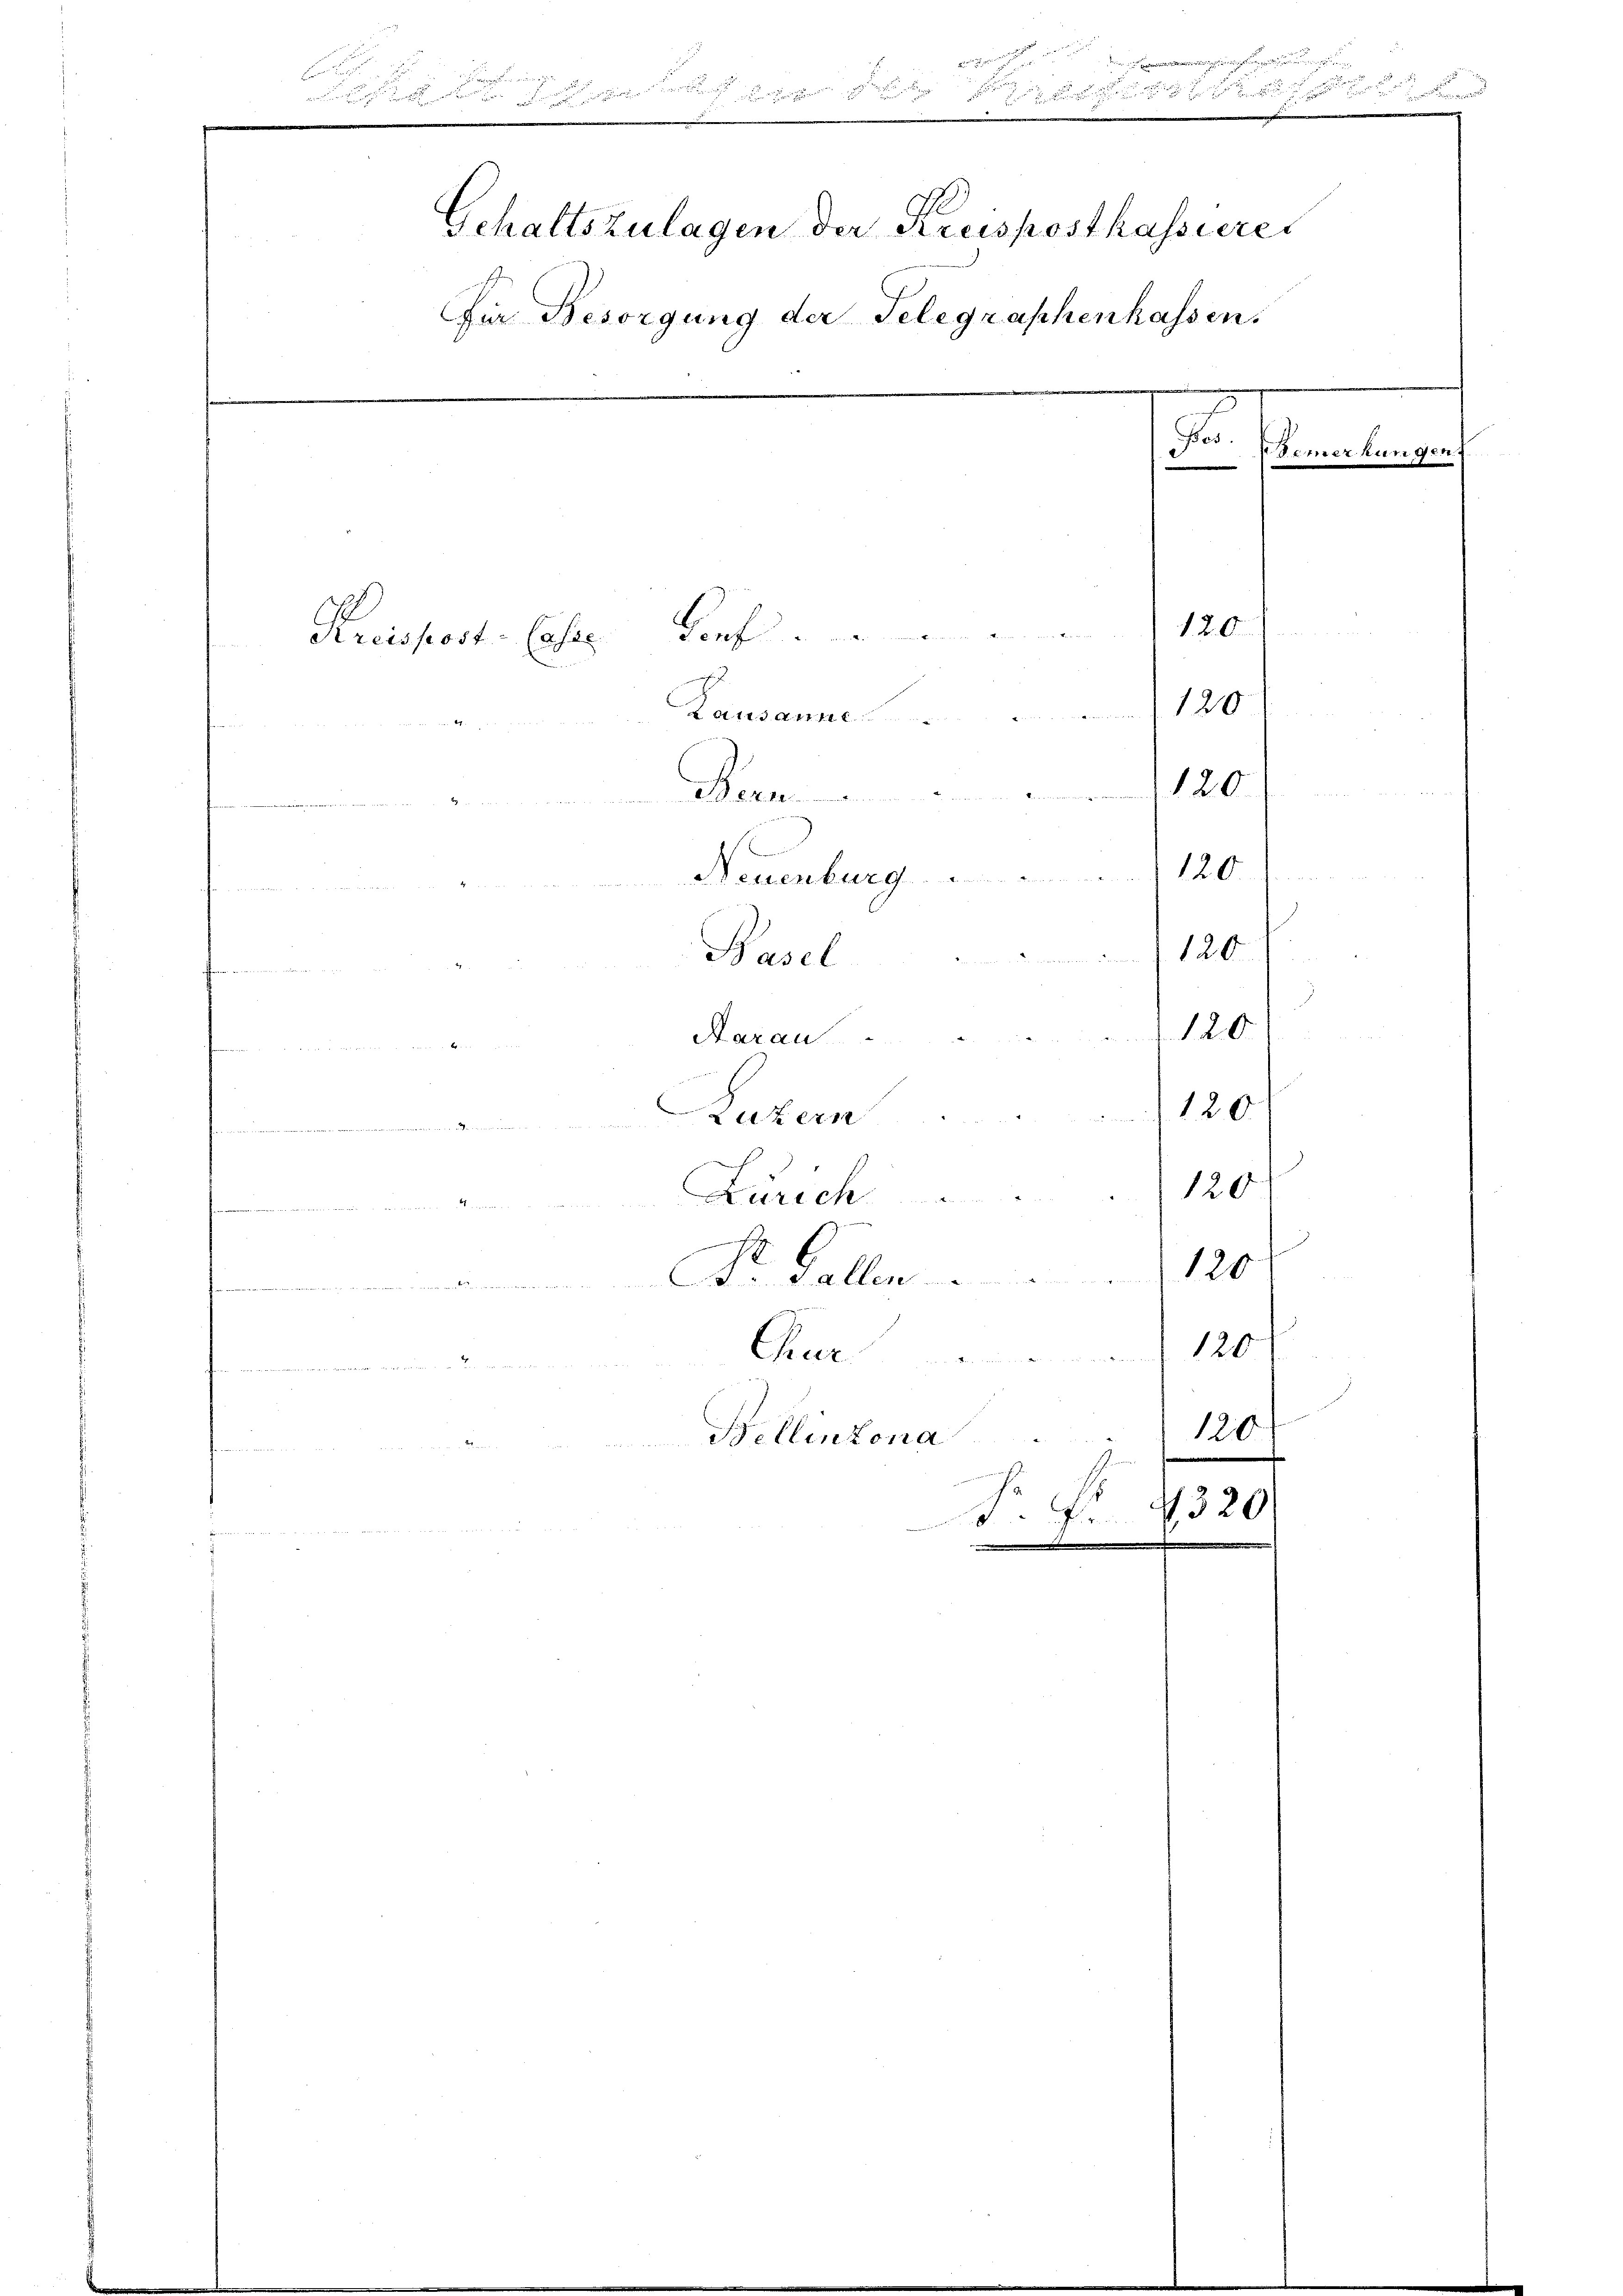
.

eninge

.
e
.

Gehaltszulagen der Kreispostkassieres
Für Besorgung der Telegraphenhassen.
n
.
e
.R.
Verhande vor meten einen
Kreispost- Casse
Lausanne 120
Bern 180.
 Neuenburg 120.
Hasel 1120.
120
Aarau ..  ..  ..  ..
e
Latern ... 180
Zürich 120

z
Fr. Galler          120
mre mit in de
120
Chur
e
e
Bellinzona
120
d. fr. 1830.
n

Bemerkungen.